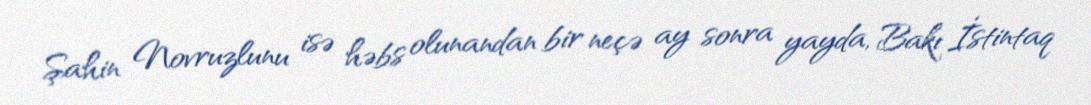
Şahin Novruzlunu isə həbs olunandan bir neçə ay sonra yayda, Bakı İstintaq